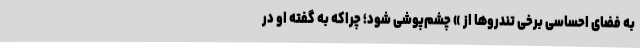
به فضای احساسی برخی تندروها از » چشم‌پوشی شود؛ چراکه به گفته او در